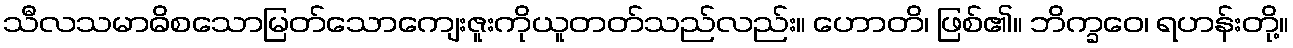
သီလသမာဓိစသောမြတ်သောကျေးဇူးကိုယူတတ်သည်လည်း။ ဟောတိ၊ ဖြစ်၏။ ဘိက္ခဝေ၊ ရဟန်းတို့။